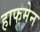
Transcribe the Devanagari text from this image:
हाफमेन